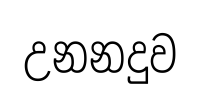
උනනදුව